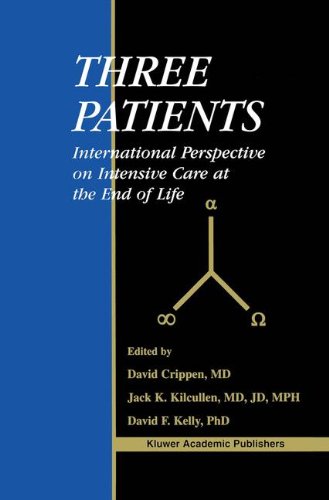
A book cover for Three Patients: International Perspective on Intensive Care at the End of Life; Medical Books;